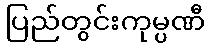
ပြည်တွင်းကုမ္ပဏီ